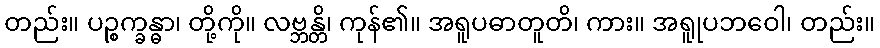
တည်း။ ပဉ္စက္ခန္ဓာ၊ တို့ကို။ လဗ္ဘန္တိ၊ ကုန်၏။ အရူပဓာတူတိ၊ ကား။ အရူုပဘဝေါ၊ တည်း။